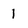
Character: 1